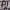
Text: A1